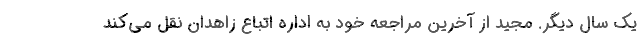
يك سال ديگر. مجيد از آخرين مراجعه خود به اداره اتباع زاهدان نقل مي‌كند